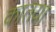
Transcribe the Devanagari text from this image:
कातया